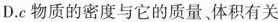
D.c物质的密度与它的质量、体积有关